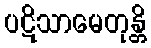
ပဋိသာမေတုန္တိ